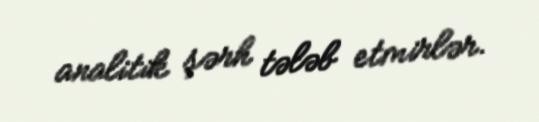
analitik şərh tələb etmirlər.